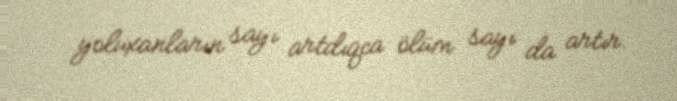
yoluxanların sayı artdıqca ölüm sayı da artır.